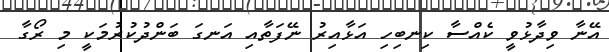
އޭނާ ވިދާޅުވީ ކެއްސާ ކިނބިހި އަޅާއިރު ނޭފަތާއި އަނގަ ބަންދުކުރުމަކީ މި ރޯގާ